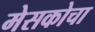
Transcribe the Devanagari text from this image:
मेसकोचा